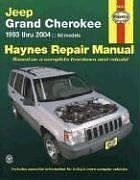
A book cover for Haynes Repair Manual: Jeep Grand Cherokee, 1993 thru 2004- All Models; John H. Haynes; Engineering & Transportation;